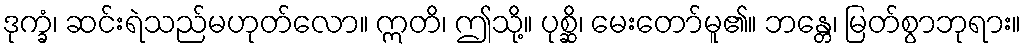
ဒုက္ခံ၊ ဆင်းရဲသည်မဟုတ်လော။ ဣတိ၊ ဤသို့။ ပုစ္ဆိ၊ မေးတော်မူ၏။ ဘန္တေ၊ မြတ်စွာဘုရား။